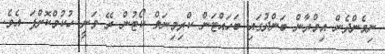
ނިމެންދެން އިމްރާން ބަންދުގައި ބަަަހައްޓަން ކްރިމިނަލް ކޯޓުން ރޭ ވަނީ ހުކުމްކޮށްފަ އެވެ.